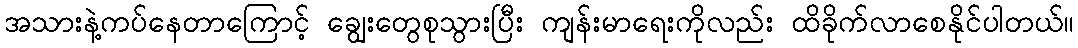
အသားနဲ့ကပ်နေတာကြောင့် ချွေးတွေစုသွားပြီး ကျန်းမာရေးကိုလည်း ထိခိုက်လာစေနိုင်ပါတယ်။